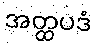
အတ္ထပဒံ